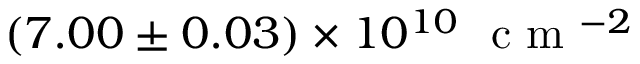
( 7 . 0 0 \pm 0 . 0 3 ) \times 1 0 ^ { 1 0 } ~ \textrm { c m } ^ { - 2 }